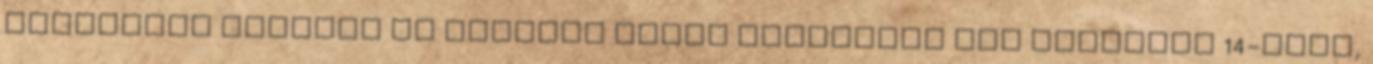
gyilkolta egymást az elvileg talán háromszáz főt befogadó 14-esen,